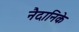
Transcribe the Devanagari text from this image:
नैदानिके